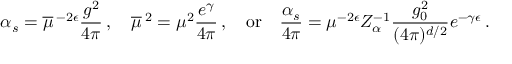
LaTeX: \alpha _ { s } = \overline { { { \mu } } } \, ^ { - 2 \epsilon } \frac { g ^ { 2 } } { 4 \pi } \, , \quad \overline { { { \mu } } } \, ^ { 2 } = \mu ^ { 2 } \frac { e ^ { \gamma } } { 4 \pi } \, , \quad \mathrm { o r } \quad \frac { \alpha _ { s } } { 4 \pi } = \mu ^ { - 2 \epsilon } Z _ { \alpha } ^ { - 1 } \frac { g _ { 0 } ^ { 2 } } { ( 4 \pi ) ^ { d / 2 } } e ^ { - \gamma \epsilon } \, .